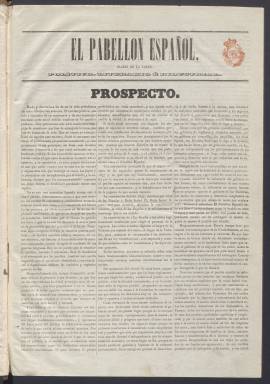
Título: El Pabellón español (Madrid)
Colección: Periódicos anteriores a 1850
Ámbito geográfico: Madrid
Lugar de publicación: Madrid
Fechas: 01/01/1842-26/04/1843